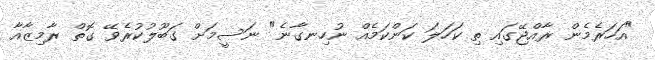
"އަހަރެމެން ރާއްޖޭގައި ތި ކަހަލަ ކަންކަމެއް ނުހިނގާނެ" ނަސީމަށް ގަބޫލުކުރެވޭ ގޮތް ރާމިޒާއާ